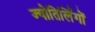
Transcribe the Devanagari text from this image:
ज्‍योतिर्लिंगों